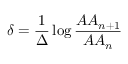
\delta = \frac { 1 } { \Delta } \log \frac { A A _ { n + 1 } } { A A _ { n } }